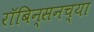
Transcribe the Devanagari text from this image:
रॉबिन्सनच्या